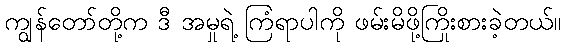
ကျွန်တော်တို့က ဒီ အမှုရဲ့ ကြံရာပါကို ဖမ်းမိဖို့ကြိုးစားခဲ့တယ်။